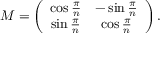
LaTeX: M = \left( \begin{array} { c c } { { \cos \frac { \pi } { n } } } & { { - \sin \frac { \pi } { n } } } \\ { { \sin \frac { \pi } { n } } } & { { \cos \frac { \pi } { n } } } \end{array} \right) .